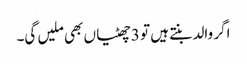
اگر والد بنتے ہیں تو 3 چھٹیاں بھی ملیں گی۔